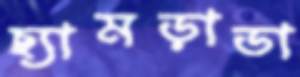
ছ্যামড়াডা